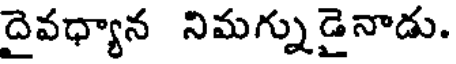
దైవధ్యాన నిమగ్నుడైనాడు.